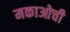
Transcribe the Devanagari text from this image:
मकाओची